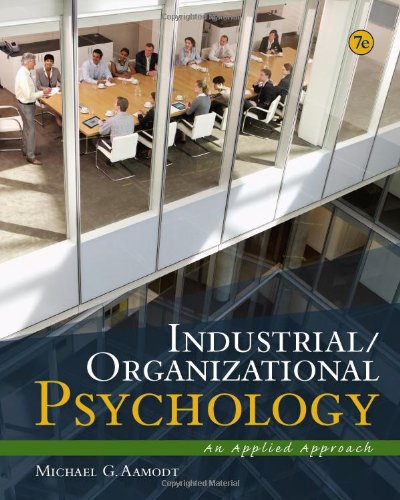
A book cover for Industrial/Organizational Psychology: An Applied Approach; Michael G. Aamodt; Medical Books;